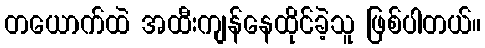
တယောက်ထဲ အထီးကျန်နေထိုင်ခဲ့သူ ဖြစ်ပါတယ်။